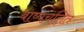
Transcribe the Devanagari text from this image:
बाष्पचलित